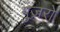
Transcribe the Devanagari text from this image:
गुज़रो